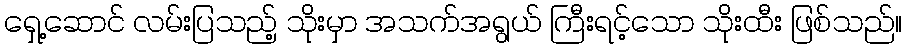
ရှေ့ဆောင် လမ်းပြသည့် သိုးမှာ အသက်အရွယ် ကြီးရင့်သော သိုးထီး ဖြစ်သည်။